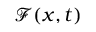
\mathcal { F } ( x , t )